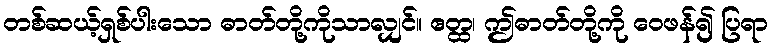
တစ်ဆယ့်ရှစ်ပါးသော ဓာတ်တို့ကိုသာလျှင်။ ဧတ္ထ၊ ဤဓာတ်တို့ကို ဝေဖန်၍ ပြရာ